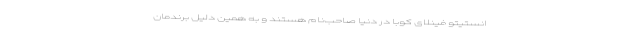
انستیتو فینلای کوبا در دنیا صاحب‌نام هستند و به همین دلیل برندمان